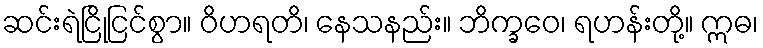
ဆင်းရဲငြိုငြင်စွာ။ ဝိဟရတိ၊ နေသနည်း။ ဘိက္ခဝေ၊ ရဟန်းတို့။ ဣဓ၊